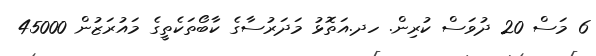
6 މަސް 20 ދުވަސް ކުރިން. ހދ.އަތޮޅު މަދަރުސާގެ ކާބޯތަކެތީގެ މައުރަޒުން 45000